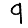
Digit: 9